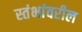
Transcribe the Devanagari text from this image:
स्तंभांवरील